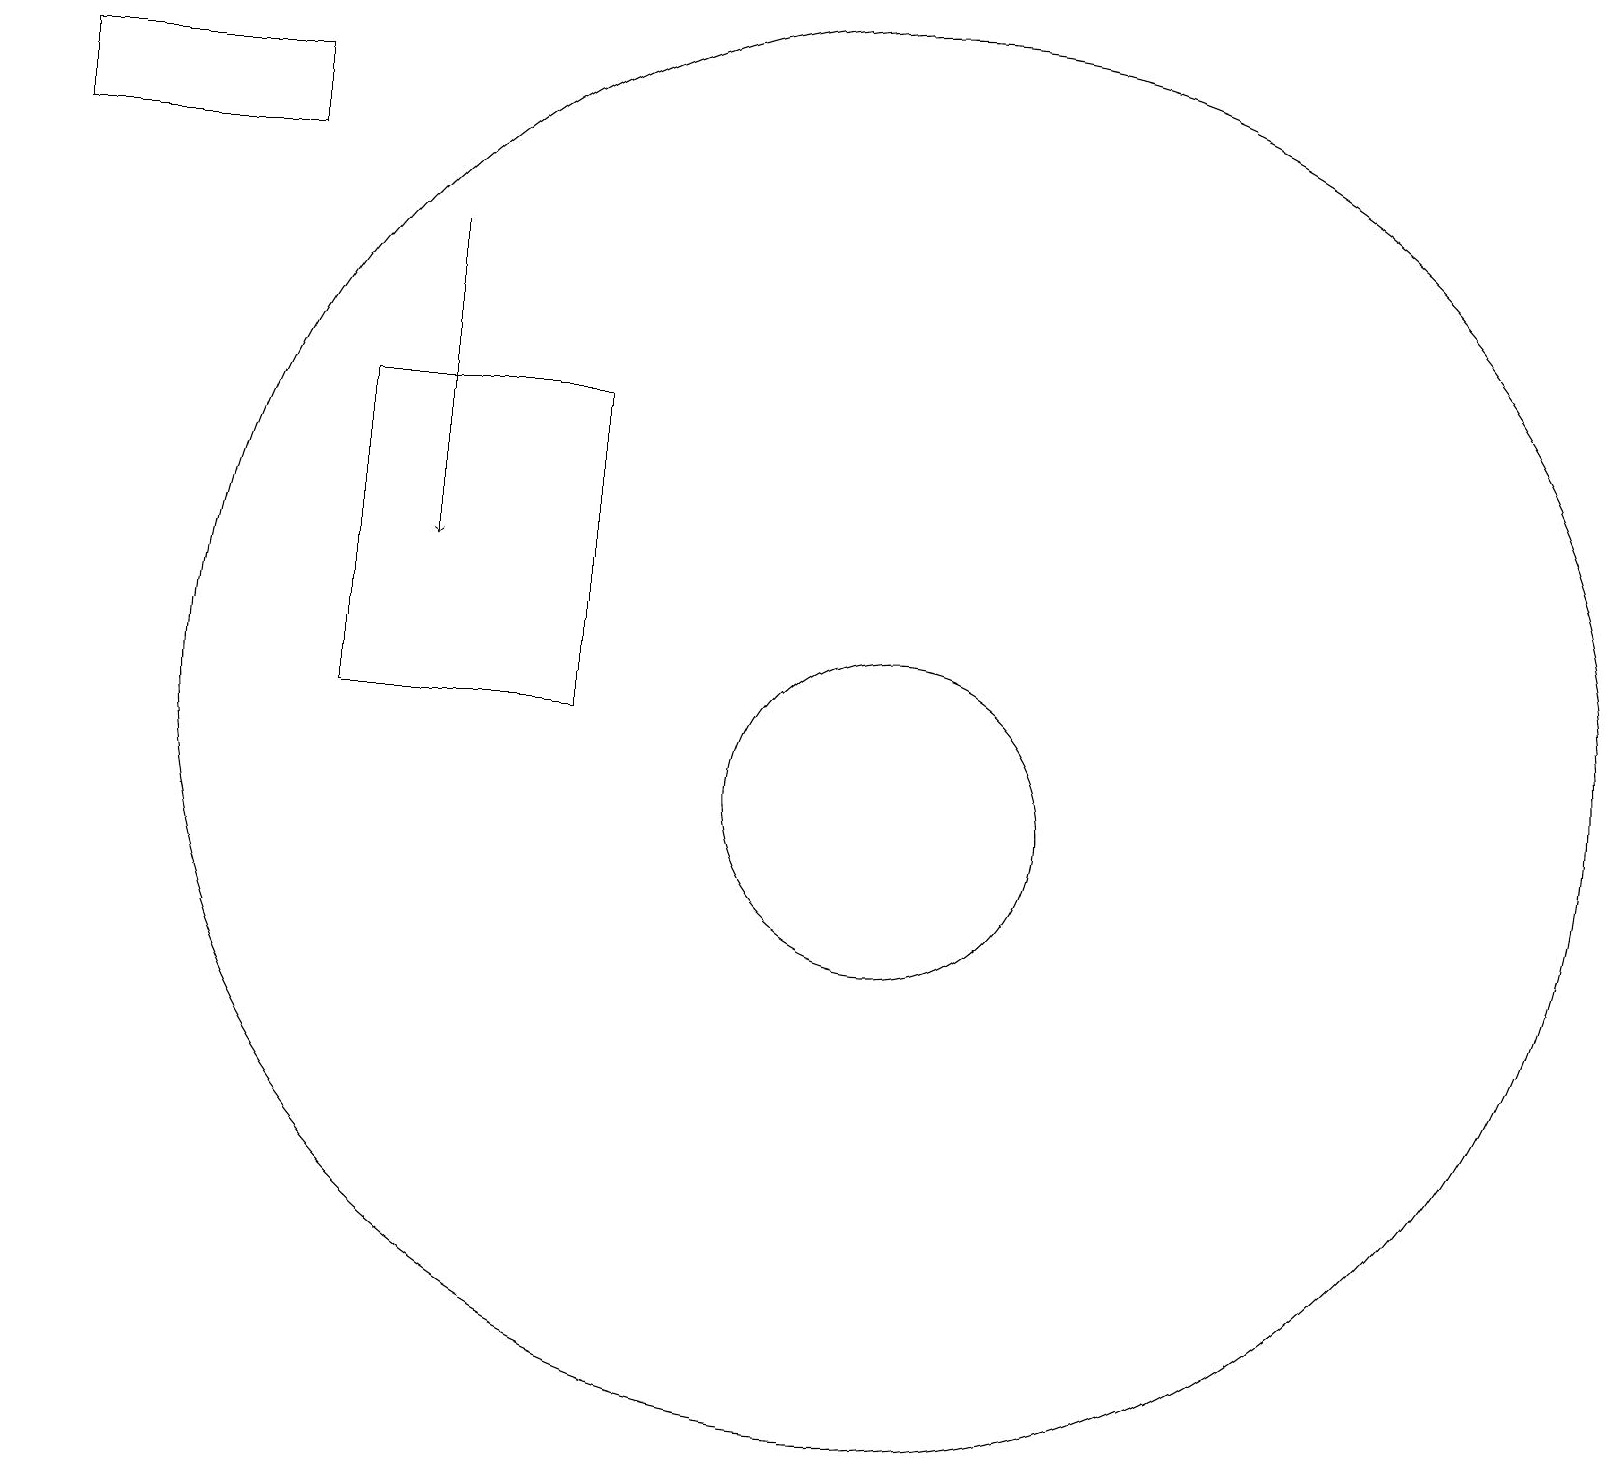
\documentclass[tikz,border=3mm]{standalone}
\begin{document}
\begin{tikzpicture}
\draw (4,11) rectangle (7,15);
\draw[->] (5,17) -- (5,13);
\draw (12,10) circle (0);
\draw (0,18) rectangle (3,19);
\draw (11,11) circle (9);
\draw (11,10) circle (2);
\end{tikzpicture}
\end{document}